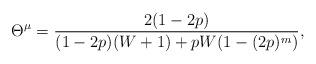
LaTeX: \begin{align*}\Theta^{\mu} =\frac{2(1-2p)}{(1-2p)(W+1)+pW(1-(2p)^m)},\end{align*}